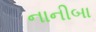
નાનીબા